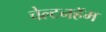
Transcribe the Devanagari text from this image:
चेल्टनहॅम